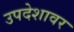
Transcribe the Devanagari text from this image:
उपदेशावर